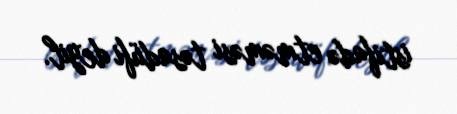
istifadə etməməsi təsadüfi deyil.